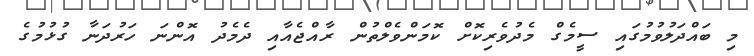
މި ބައްދަލުވުމުގައި ސީމެގް މެދުވެރިކޮށް ކޮމަންވެލްތުން ރާއްޖެއާއި ދެމެދު އޮންނަ ހަރުދަނާ ގުޅުމުގެ